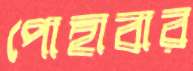
পোহাবার